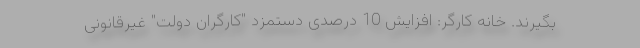
بگیرند. خانه کارگر: افزایش 10 درصدی دستمزد "کارگران دولت" غیرقانونی